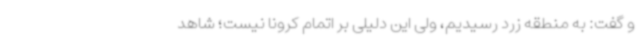
و گفت: به منطقه زرد رسیدیم، ولی این دلیلی بر اتمام کرونا نیست؛ شاهد